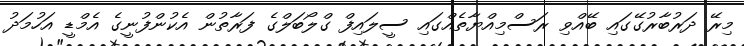
މިރޭ ދަރުބާރުގޭގައި ބޭއްވި ރަސްމިއްޔާތެއްގައި ސީލައިފް ގްލޯބަލްގެ ފަރާތުން އެކުންފުނީގެ އެމްޑީ އަހުމަދު